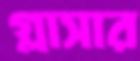
গ্লাসার